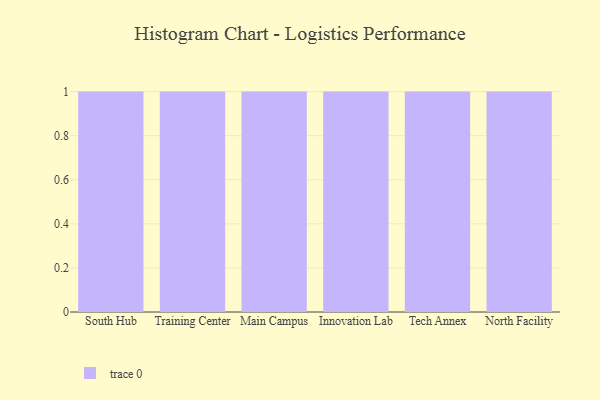
{"axis": {"x": "Campus", "y": "Latency (ms)"}, "legend": [""], "data": [{"x": "South Hub", "y": 30, "type": ""}, {"x": "Training Center", "y": 9, "type": ""}, {"x": "Main Campus", "y": 59, "type": ""}, {"x": "Innovation Lab", "y": 5, "type": ""}, {"x": "Tech Annex", "y": 65, "type": ""}, {"x": "North Facility", "y": 5, "type": ""}]}